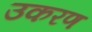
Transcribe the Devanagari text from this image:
उकरण